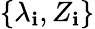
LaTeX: \{ \lambda_{\mathbf{i}},Z_{\mathbf{i}}\}